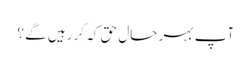
آپ بہر حال حق کہ کر رہیں گے ؟